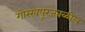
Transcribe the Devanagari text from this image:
गोरखपूरजवळील